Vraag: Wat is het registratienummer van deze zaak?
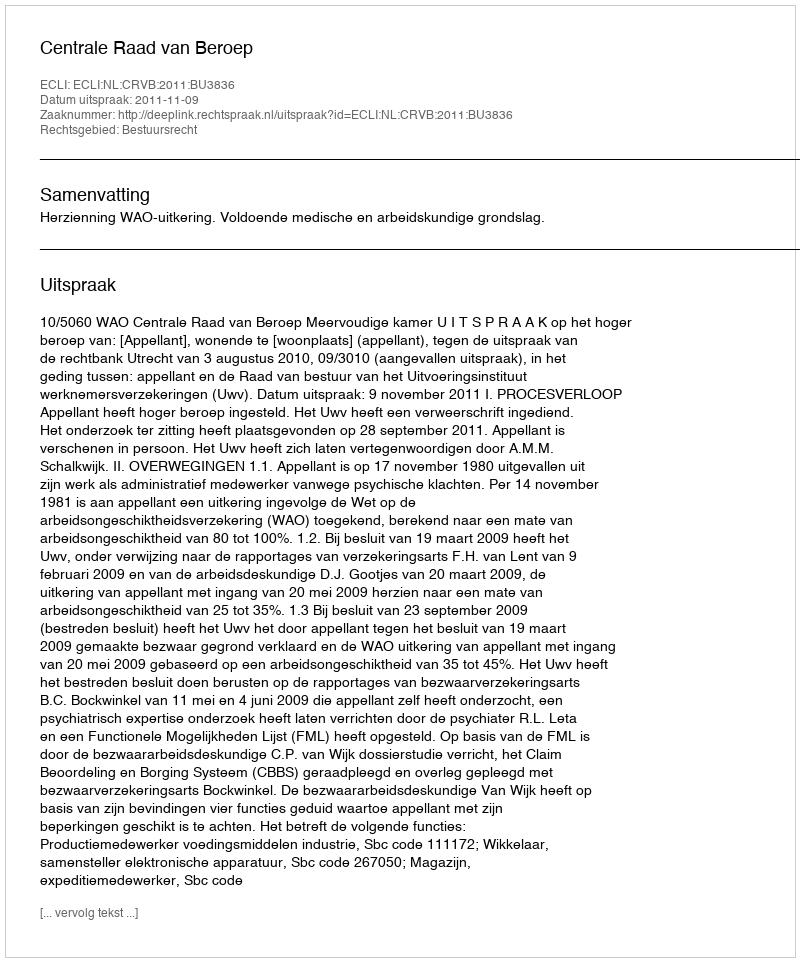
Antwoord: http://deeplink.rechtspraak.nl/uitspraak?id=ECLI:NL:CRVB:2011:BU3836